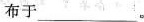
布于___。